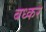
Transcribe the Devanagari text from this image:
बध्कर